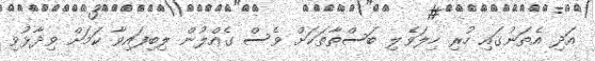
އަދި އެތަނުގައި ހުރި ހިލަވެލި ބަސްތާތަކަށް ވެސް ގެއްލުން ލިބިފައިވާ ކަމަށް ވިދާޅުވި